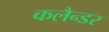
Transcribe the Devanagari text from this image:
कलैन्डर